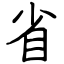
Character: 省